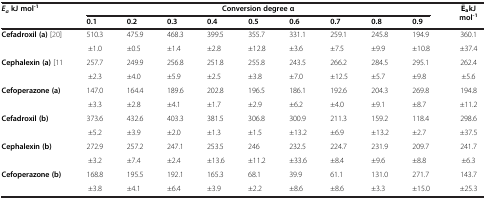
<table><thead><tr><td rowspan="2"><b><i>E</i><sub><i>a </i></sub>kJ mol<sup>-1</sup></b></td><td colspan="9"><b>Conversion degree α</b></td><td rowspan="2"><b>kJ mol<sup>-1</sup></b></td></tr><tr><td><b>0.1</b></td><td><b>0.2</b></td><td><b>0.3</b></td><td><b>0.4</b></td><td><b>0.5</b></td><td><b>0.6</b></td><td><b>0.7</b></td><td><b>0.8</b></td><td><b>0.9</b></td></tr></thead><tbody><tr><td rowspan="2"><b>Cefadroxil (a)</b>[20]</td><td>510.3</td><td>475.9</td><td>468.3</td><td>399.5</td><td>355.7</td><td>331.1</td><td>259.1</td><td>245.8</td><td>194.9</td><td>360.1</td></tr><tr><td>±1.0</td><td>±0.5</td><td>±1.4</td><td>±2.8</td><td>±12.8</td><td>±3.6</td><td>±7.5</td><td>±9.9</td><td>±10.8</td><td>±37.4</td></tr><tr><td rowspan="2"><b>Cephalexin (a)</b> [11</td><td>257.7</td><td>249.9</td><td>256.8</td><td>251.8</td><td>255.8</td><td>243.5</td><td>266.2</td><td>284.5</td><td>295.1</td><td>262.4</td></tr><tr><td>±2.3</td><td>±4.0</td><td>±5.9</td><td>±2.5</td><td>±3.8</td><td>±7.0</td><td>±12.5</td><td>±5.7</td><td>±9.8</td><td>±5.6</td></tr><tr><td rowspan="2"><b>Cefoperazone (a)</b></td><td>147.0</td><td>164.4</td><td>189.6</td><td>202.8</td><td>196.5</td><td>186.1</td><td>192.6</td><td>204.3</td><td>269.8</td><td>194.8</td></tr><tr><td>±3.3</td><td>±2.8</td><td>±4.1</td><td>±1.7</td><td>±2.9</td><td>±6.2</td><td>±4.0</td><td>±9.1</td><td>±8.7</td><td>±11.2</td></tr><tr><td rowspan="2"><b>Cefadroxil (b)</b></td><td>373.6</td><td>432.6</td><td>403.3</td><td>381.5</td><td>306.8</td><td>300.9</td><td>211.3</td><td>159.2</td><td>118.4</td><td>298.6</td></tr><tr><td>±5.2</td><td>±3.9</td><td>±2.0</td><td>±1.3</td><td>±1.5</td><td>±13.2</td><td>±6.9</td><td>±13.2</td><td>±2.7</td><td>±37.5</td></tr><tr><td rowspan="2"><b>Cephalexin (b)</b></td><td>272.9</td><td>257.2</td><td>247.1</td><td>253.5</td><td>246</td><td>232.5</td><td>224.7</td><td>231.9</td><td>209.7</td><td>241.7</td></tr><tr><td>±3.2</td><td>±7.4</td><td>±2.4</td><td>±13.6</td><td>±11.2</td><td>±33.6</td><td>±8.4</td><td>±9.6</td><td>±8.8</td><td>±6.3</td></tr><tr><td rowspan="2"><b>Cefoperazone (b)</b></td><td>168.8</td><td>195.5</td><td>192.1</td><td>165.3</td><td>68.1</td><td>39.9</td><td>61.1</td><td>131.0</td><td>271.7</td><td>143.7</td></tr><tr><td>±3.8</td><td>±4.1</td><td>±6.4</td><td>±3.9</td><td>±2.2</td><td>±8.6</td><td>±8.6</td><td>±3.3</td><td>±15.0</td><td>±25.3</td></tr></tbody></table>